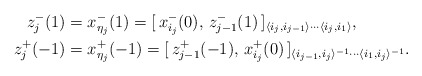
\begin{align*}z_{j}^-(1)&= x_{\eta_{j}}^-(1)=[\,x_{i_j}^-(0),\, z_{j-1}^-(1)\,]_{\langle i_j, i_{j-1}\rangle\cdots \langle i_j, i_1\rangle}, \\z_{j}^+(-1)&= x_{\eta_{j}}^+(-1)=[\,z_{j-1}^+(-1),\, x_{i_j}^+(0)\,]_{\langle i_{j-1}, i_j\rangle^{-1}\cdots \langle i_1, i_j\rangle^{-1}}.\end{align*}